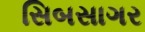
સિબસાગર